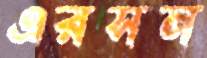
এরসন